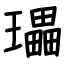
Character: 瓃